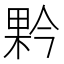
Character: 𭪥